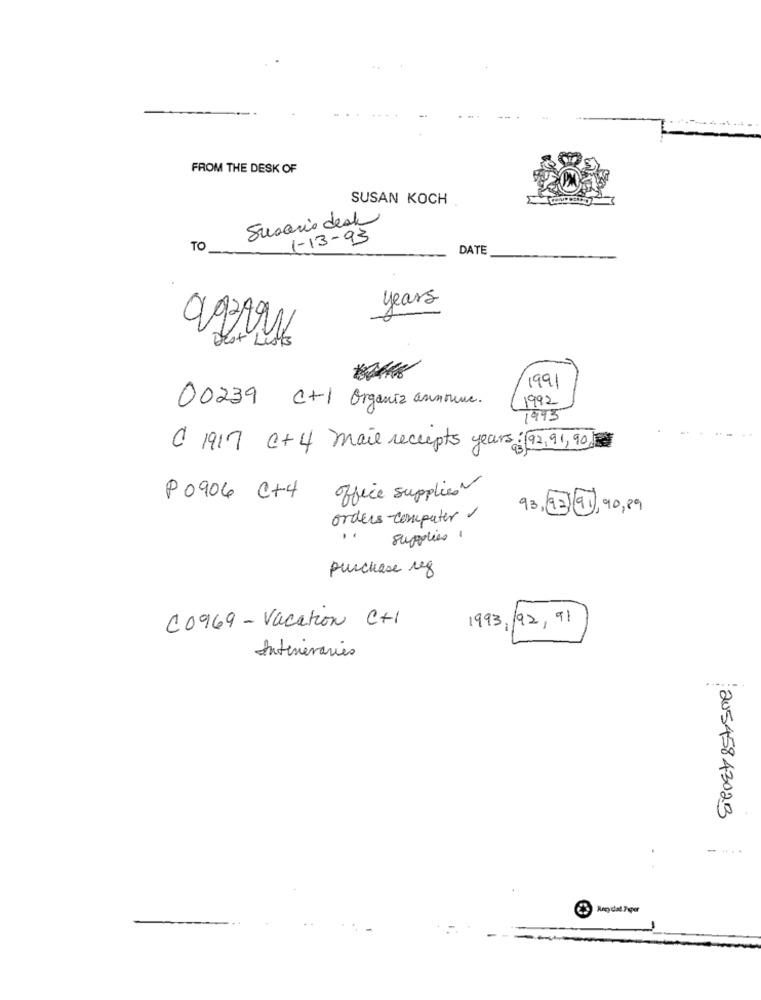
FROM THE DESK OF
SUSAN KOCH
Susario desk
1-13-93
TO
DATE
years
>x
1991
1992
00239 C+1 Organiz announce.
1993
C 1917 C+4 mail receipts years: 92,91,90
office supplies~
P 0906 C+4
93, 93 91,90,89
orders-computer
..
supplies 1
purchase reg
C0969 - Vacation C+1
1993,92,91
Interiéraries
20545843023
-...